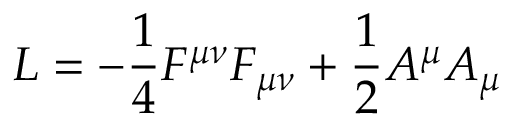
{ \cal { L } } = - \frac { 1 } { 4 } F ^ { \mu \nu } F _ { \mu \nu } + \frac { 1 } { 2 } A ^ { \mu } A _ { \mu }